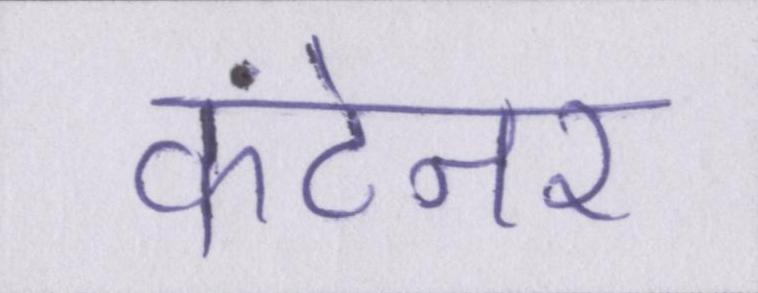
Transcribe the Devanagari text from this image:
कंटेनर